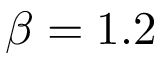
\beta = 1 . 2